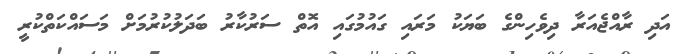
އަދި ރާއްޖެއަރާ ދިވެހިންގެ ބަޔަކު މަރައި ގައުމުގައި އޮތް ސަރުކާރު ބަދަލުކުރުމަށް މަސައްކަތްކުރީ